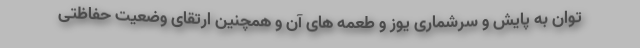
توان به پایش و سرشماری یوز و طعمه های آن و همچنین ارتقای وضعیت حفاظتی